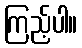
ကြည့်ပါ။